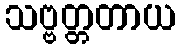
သဗ္ဗတ္တတာယ